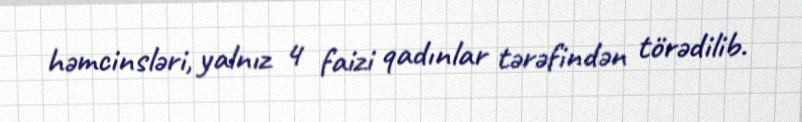
həmcinsləri, yalnız 4 faizi qadınlar tərəfindən törədilib.